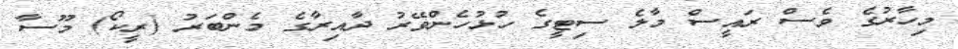
މިހާރުގެ ވެސް ރައީސް މާލެ ސިޓީގެ ހުޅުހެންވޭރު ދާއިރާގެ މެންބަރު (ރީކޯ) މޫސާ